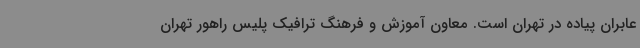
عابران پیاده در تهران است. معاون آموزش و فرهنگ ترافیک پلیس راهور تهران